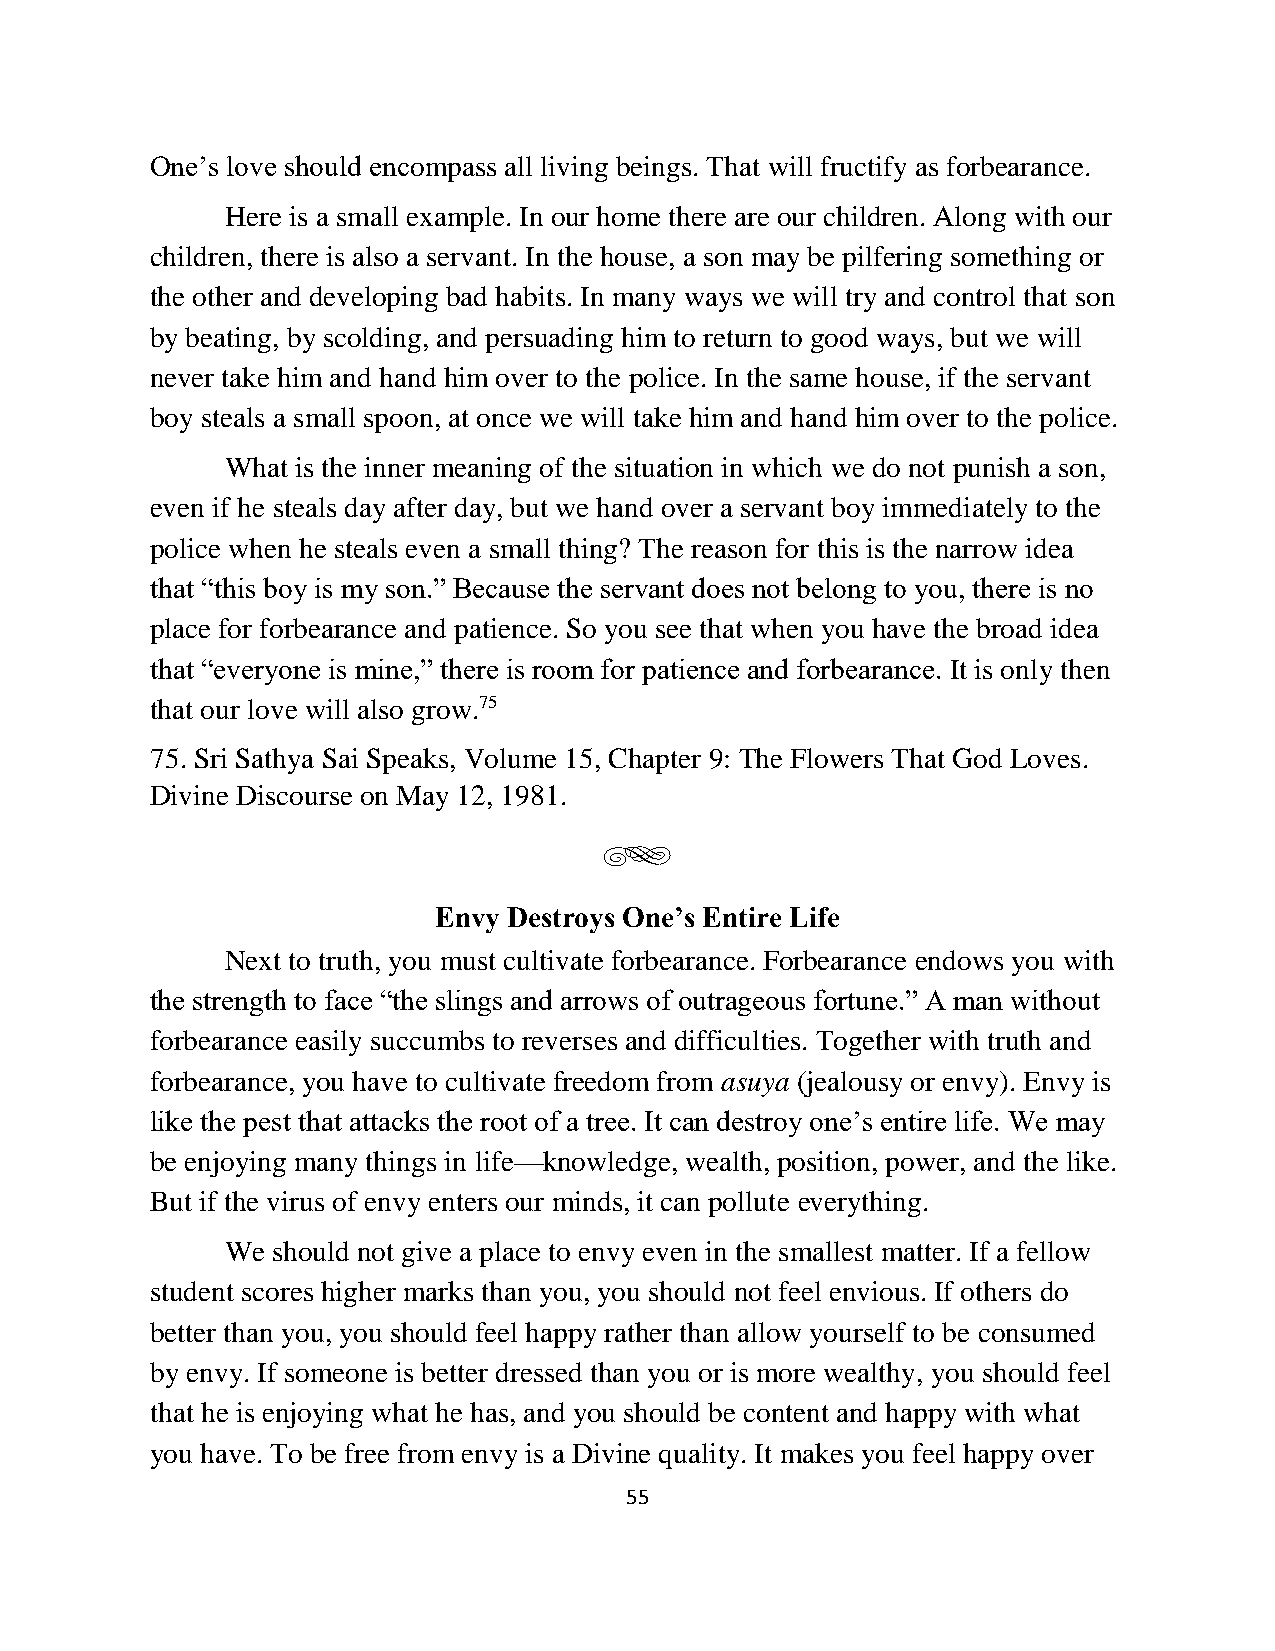
One’s love should encompass all living beings. That will fructify as forbearance.
 Here is a small example. In our home there are our children. Along with our
 children, there is also a servant. In the house, a son may be pilfering something or
 the other and developing bad habits. In many ways we will try and control that son
 by beating, by scolding, and persuading him to return to good ways, but we will
 never take him and hand him over to the police. In the same house, if the servant
 boy steals a small spoon, at once we will take him and hand him over to the police.
 What is the inner meaning of the situation in which we do not punish a son,
 even if he steals day after day, but we hand over a servant boy immediately to the
 police when he steals even a small thing? The reason for this is the narrow idea
 that “this boy is my son.” Because the servant does not belong to you, there is no
 place for forbearance and patience. So you see that when you have the broad idea
 that “everyone is mine,” there is room for patience and forbearance. It is only then
 that our love will also grow.75
 75. Sri Sathya Sai Speaks, Volume 15, Chapter 9: The Flowers That God Loves.
 Divine Discourse on May 12, 1981.
 g
 Envy Destroys One’s Entire Life
 Next to truth, you must cultivate forbearance. Forbearance endows you with
 the strength to face “the slings and arrows of outrageous fortune.” A man without
 forbearance easily succumbs to reverses and difficulties. Together with truth and
 forbearance, you have to cultivate freedom from asuya (jealousy or envy). Envy is
 like the pest that attacks the root of a tree. It can destroy one’s entire life. We may
 be enjoying many things in life—knowledge, wealth, position, power, and the like.
 But if the virus of envy enters our minds, it can pollute everything.
 We should not give a place to envy even in the smallest matter. If a fellow
 student scores higher marks than you, you should not feel envious. If others do
 better than you, you should feel happy rather than allow yourself to be consumed
 by envy. If someone is better dressed than you or is more wealthy, you should feel
 that he is enjoying what he has, and you should be content and happy with what
 you have. To be free from envy is a Divine quality. It makes you feel happy over
 55